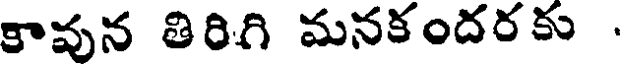
కావున తిరిగి మనకందరకు